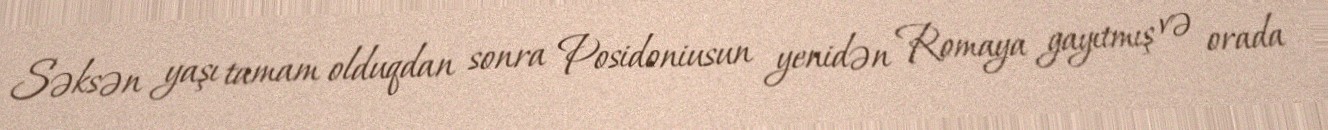
Səksən yaşı tamam olduqdan sonra Posidoniusun yenidən Romaya gayıtmış və orada